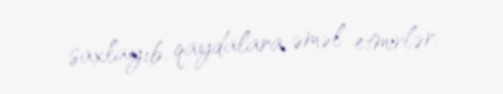
saxlayıb, qaydalara əməl etmirlər.